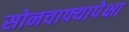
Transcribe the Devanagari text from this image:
सोनचाफ्यापेक्षा